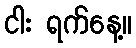
ငါး ရက်နေ့။